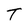
Character: T